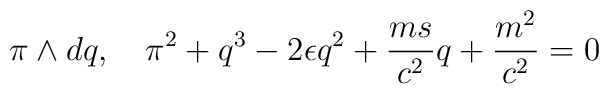
\pi\wedge dq,\quad\pi^2 +q^3-2\epsilon q^2 +\frac{ms}{c^2}q + \frac{m^2}{c^2}=0